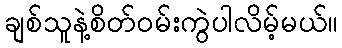
ချစ်သူနဲ့စိတ်ဝမ်းကွဲပါလိမ့်မယ်။